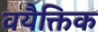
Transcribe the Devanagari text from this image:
वयैक्तिक